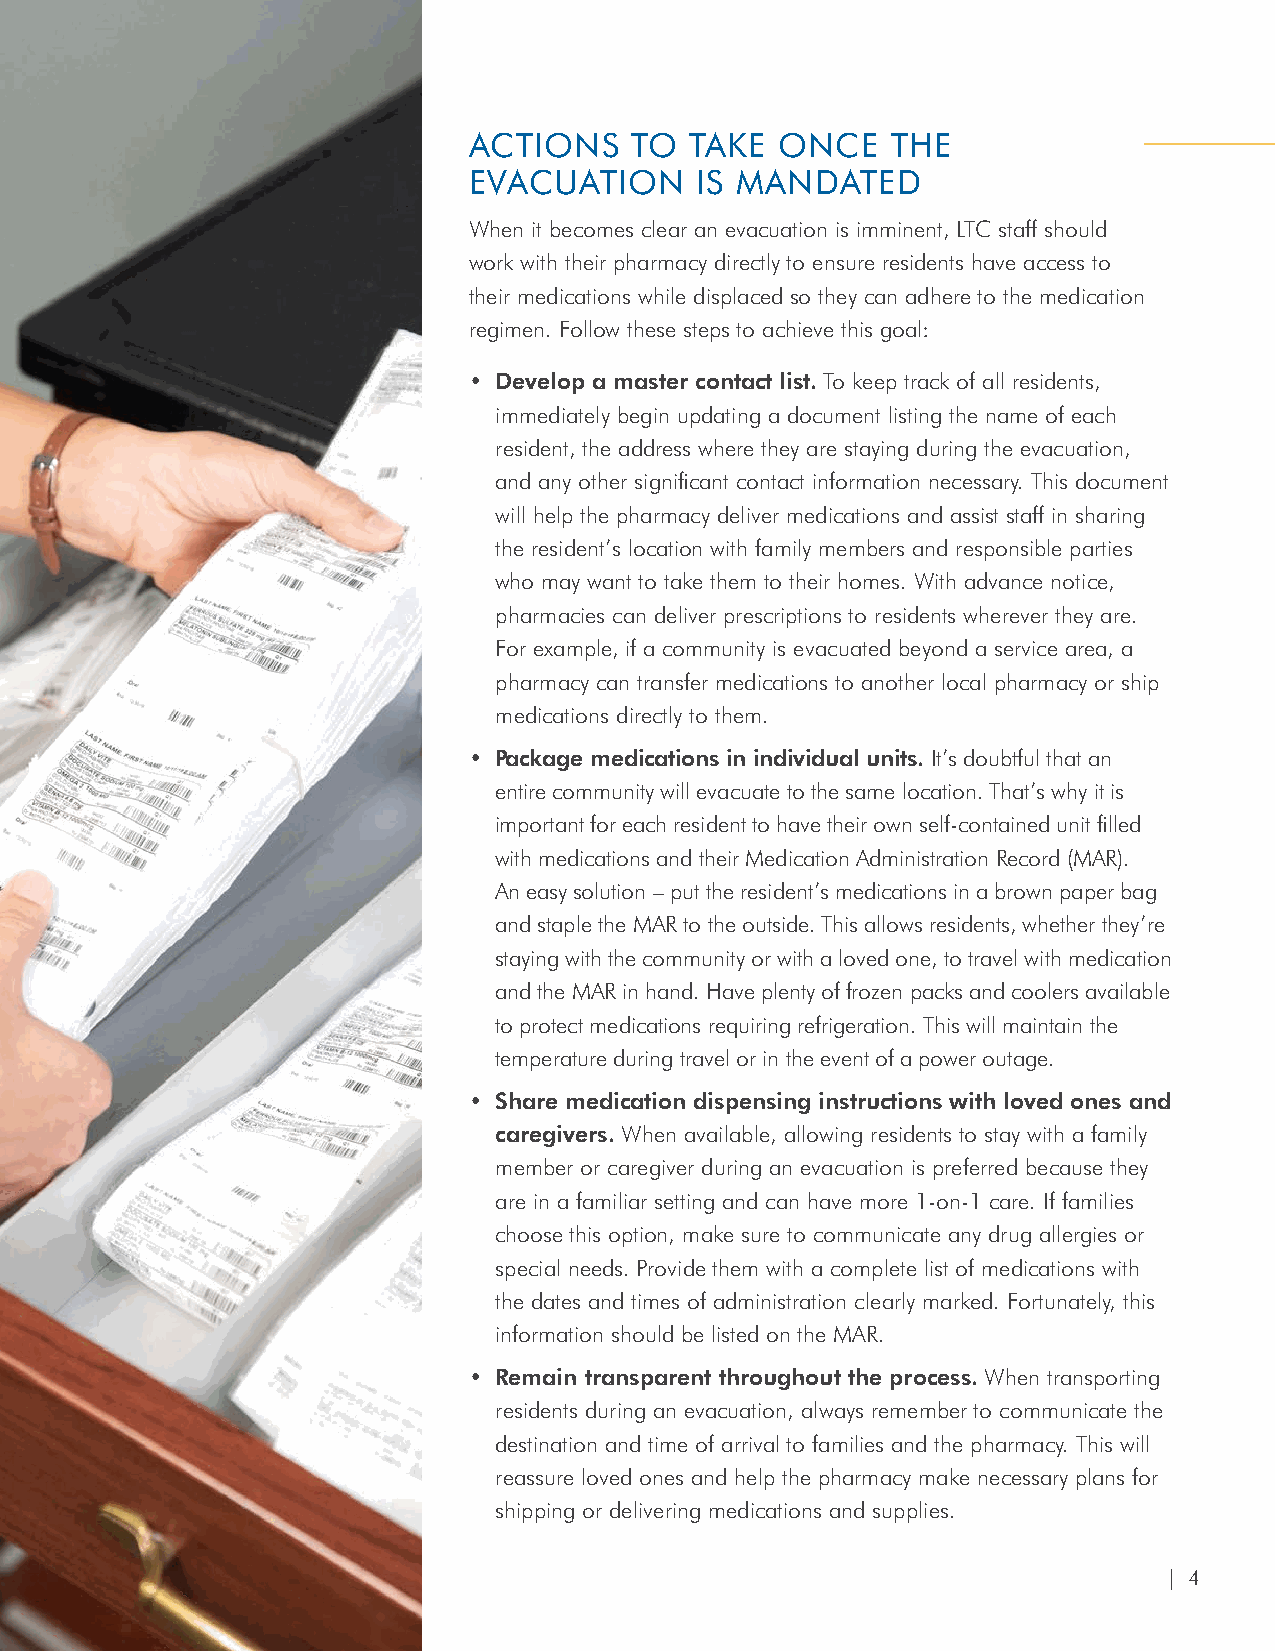
ACTIONS    TO  TAKE ONCE    THE
 EVACUATION     IS MANDATED
 When it becomes clear an evacuation is imminent, LTC staff should
 work with their pharmacy directly to ensure residents have access to
 their medications while displaced so they can adhere to the medication
 regimen. Follow these steps to achieve this goal:
 • Develop a master contact list. To keep track of all residents,
 immediately begin updating a document listing the name of each
 resident, the address where they are staying during the evacuation,
 and any other significant contact information necessary. This document
 will help the pharmacy deliver medications and assist staff in sharing
 the resident’s location with family members and responsible parties
 who may want to take them to their homes. With advance notice,
 pharmacies can deliver prescriptions to residents wherever they are.
 For example, if a community is evacuated beyond a service area, a
 pharmacy can transfer medications to another local pharmacy or ship
 medications directly to them.
 • P ackage medications in individual units. It’s doubtful that an
 entire community will evacuate to the same location. That’s why it is
 important for each resident to have their own self-contained unit filled
 with medications and their Medication Administration Record (MAR).
 An easy solution – put the resident’s medications in a brown paper bag
 and staple the MAR to the outside. This allows residents, whether they’re
 staying with the community or with a loved one, to travel with medication
 and the MAR in hand. Have plenty of frozen packs and coolers available
 to protect medications requiring refrigeration. This will maintain the
 temperature during travel or in the event of a power outage.
 • Share medication dispensing instructions with loved ones and
 caregivers. When available, allowing residents to stay with a family
 member or caregiver during an evacuation is preferred because they
 are in a familiar setting and can have more 1-on-1 care. If families
 choose this option, make sure to communicate any drug allergies or
 special needs. Provide them with a complete list of medications with
 the dates and times of administration clearly marked. Fortunately, this
 information should be listed on the MAR.
 • Remain transparent throughout the process. When transporting
 residents during an evacuation, always remember to communicate the
 destination and time of arrival to families and the pharmacy. This will
 reassure loved ones and help the pharmacy make necessary plans for
 shipping or delivering medications and supplies.
 | 4